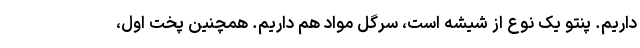
داریم. پنتو یک نوع از شیشه است، سرگل مواد هم داریم. همچنین پخت اول،